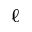
\ell